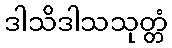
ဒါသိဒါသသုတ္တံ